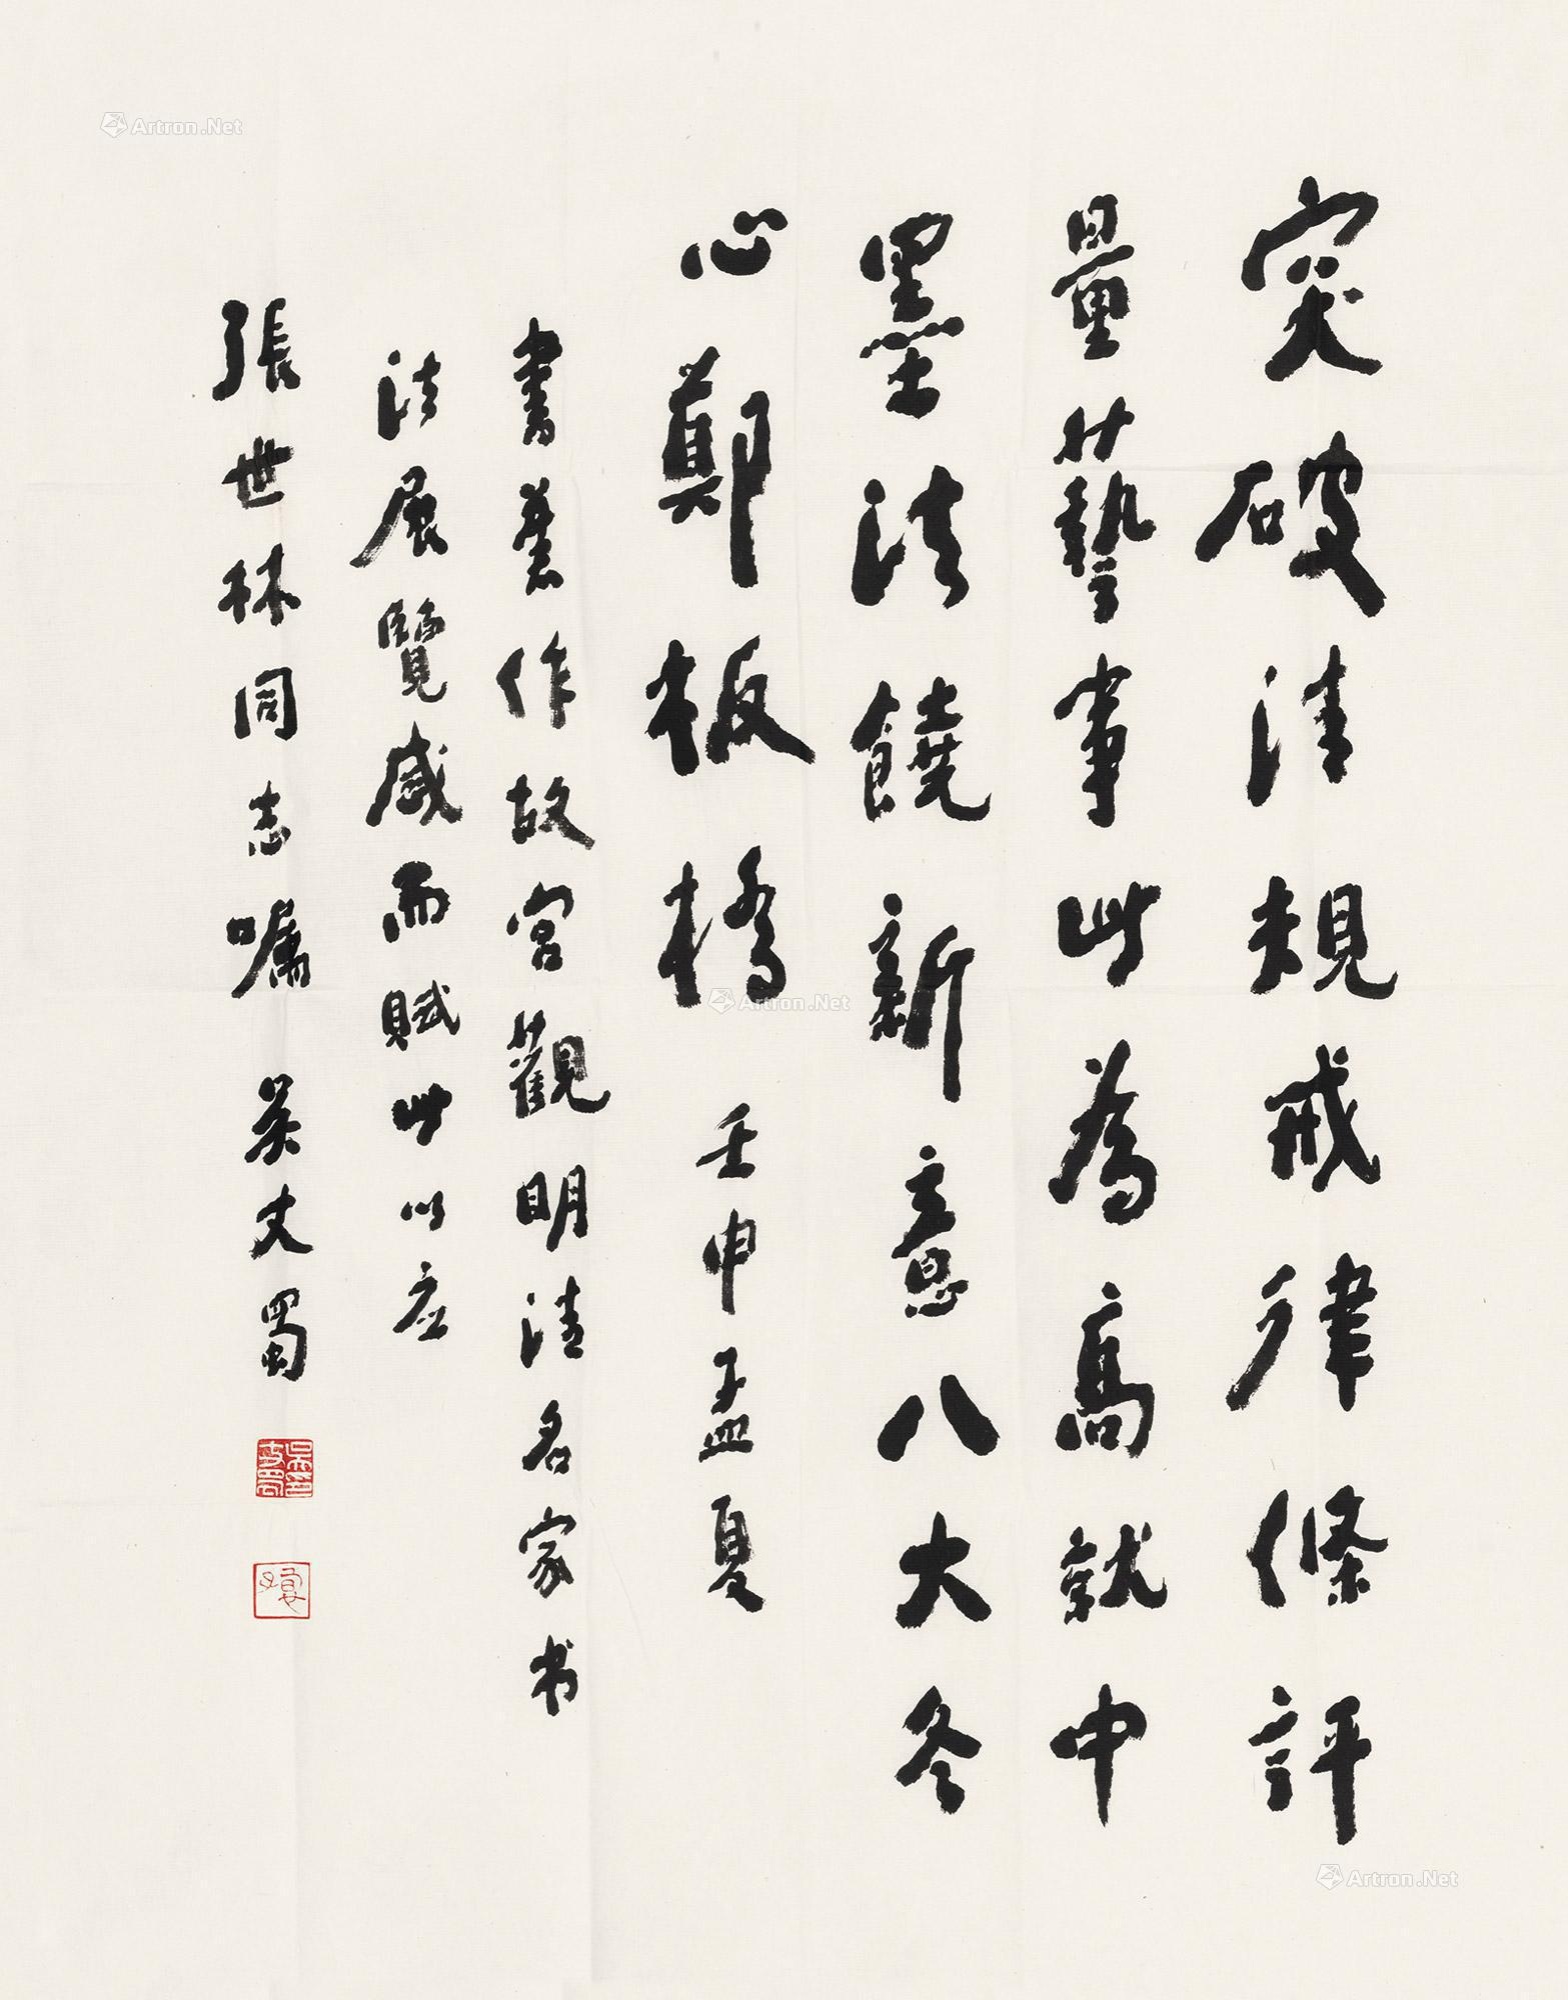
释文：突破清规戒律条，评量艺事此为高。就中墨法饶新意，八大冬心郑板桥。壬申孟夏书旧作“故宫观明清名家书法展览”感而赋此以应张世林同志嘱。吴丈蜀。